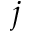
j